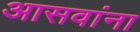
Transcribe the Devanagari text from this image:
आसवांना